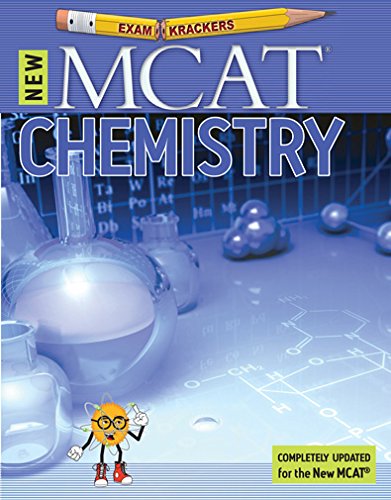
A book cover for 9th Edition Examkrackers MCAT Chemistry (EXAMKRACKERS MCAT MANUALS); Jonathan Orsay; Test Preparation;